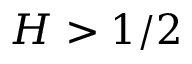
H > 1 / 2